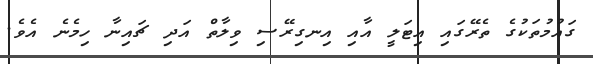
ގައުމުތަކުގެ ތެރޭގައި އިޓަލީ އާއި އިނގިރޭސި ވިލާތް އަދި ޗައިނާ ހިމެނެ އެވެ.